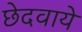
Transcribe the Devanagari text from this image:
छेदवाये